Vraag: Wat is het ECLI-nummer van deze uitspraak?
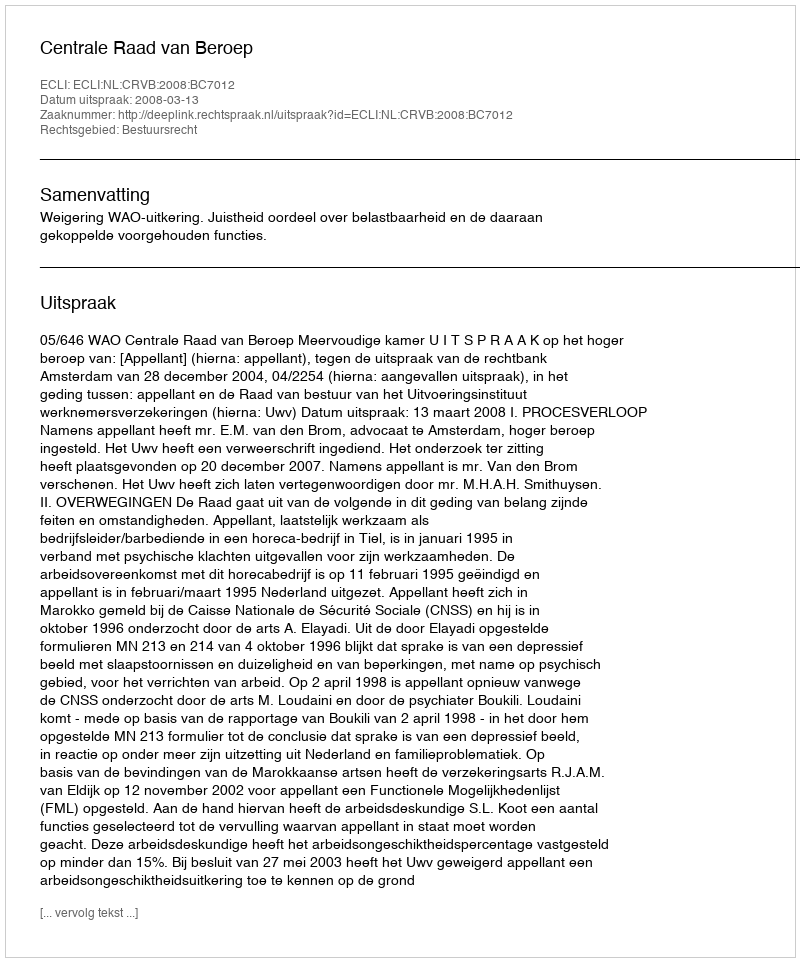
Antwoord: ECLI:NL:CRVB:2008:BC7012